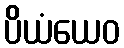
ပိယံယေဝ